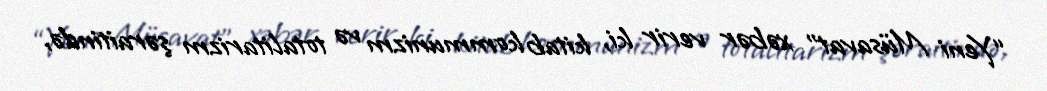
“Yeni Müsavat” xəbər verir ki, kitab kommunizm və totalitarizm şəraitində,